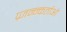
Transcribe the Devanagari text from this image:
प्र्जन्न्कर्ताओ